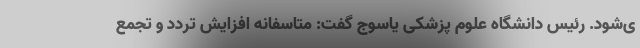
ی‌شود. رئیس دانشگاه علوم پزشکی یاسوج گفت: متاسفانه افزایش تردد و تجمع